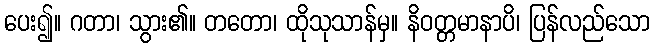
ပေး၍။ ဂတာ၊ သွား၏။ တတော၊ ထိုသုသာန်မှ။ နိဝတ္တမာနာပိ၊ ပြန်လည်သော